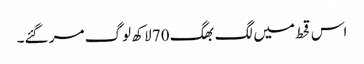
اس قحط میں لگ بھگ 70 لاکھ لوگ مر گئے۔